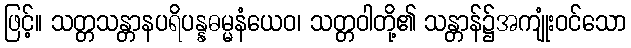
ဖြင့်။ သတ္တသန္တာနပရိပန္နဓမ္မနံယေဝ၊ သတ္တဝါတို့၏ သန္တာန်၌အကျုံးဝင်သော